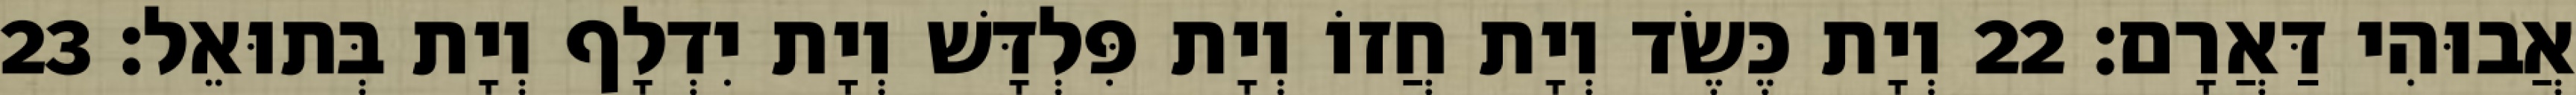
אֲבוּהִי דַּאֲרָם׃ 22 וְיָת כֶּשֶׂד וְיָת חֲזוֹ וְיָת פִּלְדָּשׁ וְיָת יִדְלָף וְיָת בְּתוּאֵל׃ 23